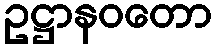
ဥဋ္ဌာနဝတော